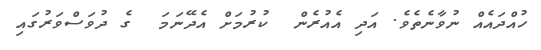
ހުއްދައެއް ނުވާނެތެވެ. އަދި އެއުރެން  ކުރުމަށް އެދޭނަމަ  ގެ ދުވަސްވަރުގައި